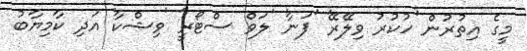
މީގެ އިތުރުން 'ހުކުރު ވިލޭރޭ' 'ފަނާ' 'ލަވް ސްޓޯރީ' 'ވިޝްކާ' އަދި ކާމިޔާބު